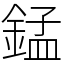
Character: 錳